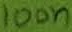
Text: 100n